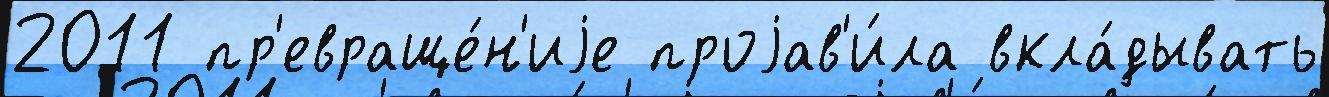
2011 пр'евраще́н'иjе проjав'и́ла вкла́дывать